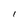
Character: l